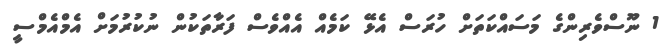
1 ނޫސްވެރިންގެ މަސައްކަތަށް ހުރަސް އެޅޭ ކަމެއް އެއްވެސް ފަރާތަކުން ނުކުރުމަށް އެމްއެމްސީ